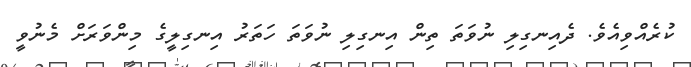
ކުރެއްވިއެވެ. ދެއިނގިލި ނުވަތަ ތިން އިނގިލި ނުވަތަ ހަތަރު އިނގިލީގެ މިންވަރަށް މެނުވީ